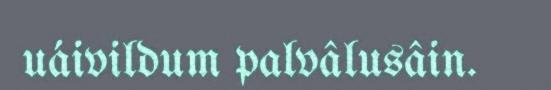
uáivildum palvâlusâin.